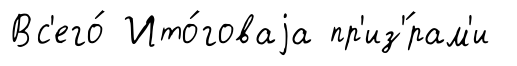
Вс'его́ Ито́говаjа пр'из'́рам'и